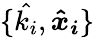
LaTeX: \{ \hat{k_{i}},\boldsymbol{\hat{x}_{i}}\}